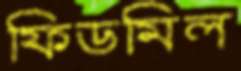
ফিডমিল